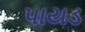
પાયડ